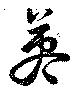
英